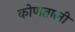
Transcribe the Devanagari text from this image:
कोणताली